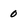
Character: 0